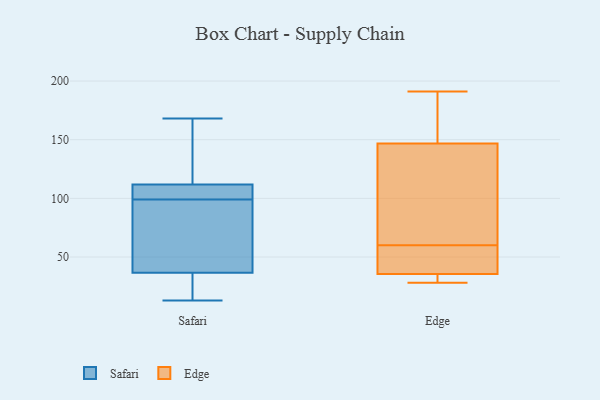
{"axis": {"x": "Bounce Rate (%)", "y": "Value"}, "legend": ["Edge", "Safari"], "data": [{"x": "", "y": 100, "type": "Safari"}, {"x": "", "y": 168, "type": "Safari"}, {"x": "", "y": 20, "type": "Safari"}, {"x": "", "y": 99, "type": "Safari"}, {"x": "", "y": 29, "type": "Safari"}, {"x": "", "y": 44, "type": "Safari"}, {"x": "", "y": 74, "type": "Safari"}, {"x": "", "y": 103, "type": "Safari"}, {"x": "", "y": 34, "type": "Safari"}, {"x": "", "y": 13, "type": "Safari"}, {"x": "", "y": 147, "type": "Safari"}, {"x": "", "y": 139, "type": "Safari"}, {"x": "", "y": 111, "type": "Safari"}, {"x": "", "y": 112, "type": "Safari"}, {"x": "", "y": 49, "type": "Safari"}, {"x": "", "y": 30, "type": "Edge"}, {"x": "", "y": 67, "type": "Edge"}, {"x": "", "y": 146, "type": "Edge"}, {"x": "", "y": 50, "type": "Edge"}, {"x": "", "y": 58, "type": "Edge"}, {"x": "", "y": 60, "type": "Edge"}, {"x": "", "y": 149, "type": "Edge"}, {"x": "", "y": 186, "type": "Edge"}, {"x": "", "y": 191, "type": "Edge"}, {"x": "", "y": 139, "type": "Edge"}, {"x": "", "y": 28, "type": "Edge"}, {"x": "", "y": 31, "type": "Edge"}, {"x": "", "y": 37, "type": "Edge"}]}